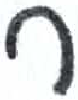
אות: ר